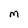
Character: m